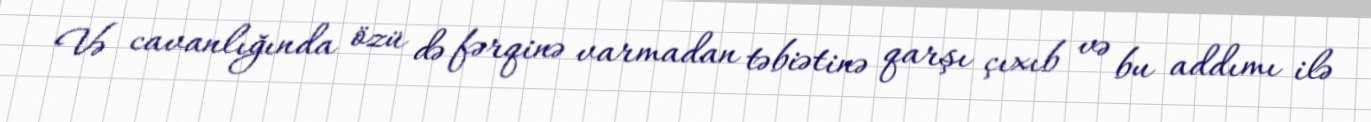
Və cavanlığında özü də fərqinə varmadan təbiətinə qarşı çıxıb və bu addımı ilə